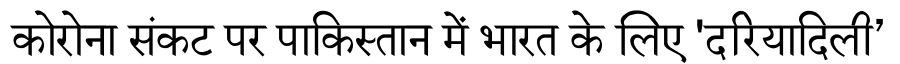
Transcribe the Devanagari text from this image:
कोरोना संकट पर पाकिस्तान में भारत के लिए 'दरियादिली’